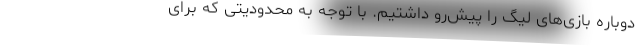
دوباره بازی‌های لیگ را پیش‌رو داشتیم‌. با توجه به محدودیتی که برای